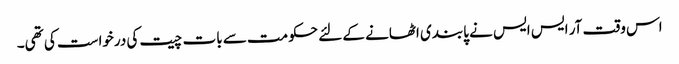
اس وقت آر ایس ایس نے پابندی اٹھانے کے لئے حکومت سے بات چیت کی درخواست کی تھی۔